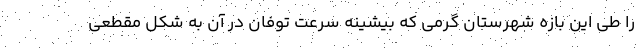
را طی این بازه شهرستان گرمی که بیشینه سرعت توفان در آن به شکل مقطعی